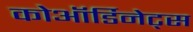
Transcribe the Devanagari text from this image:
कोऑर्डिनेट्स